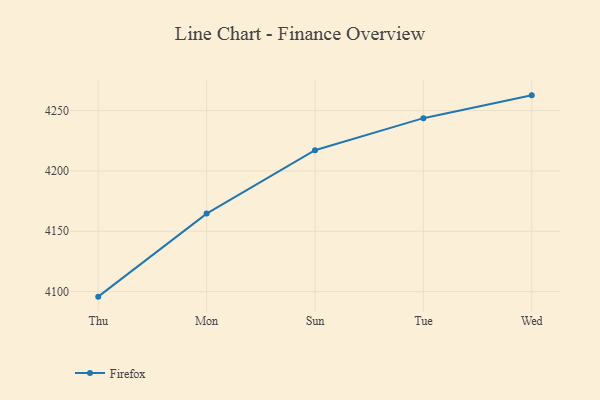
{"axis": {"x": "Day", "y": "Budget (USD K)"}, "legend": ["Firefox"], "data": [{"x": "Thu", "y": 4095.8, "type": "Firefox"}, {"x": "Mon", "y": 4164.6, "type": "Firefox"}, {"x": "Sun", "y": 4217.1, "type": "Firefox"}, {"x": "Tue", "y": 4243.7, "type": "Firefox"}, {"x": "Wed", "y": 4262.6, "type": "Firefox"}]}